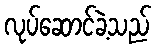
လုပ်ဆောင်ခဲ့သည်